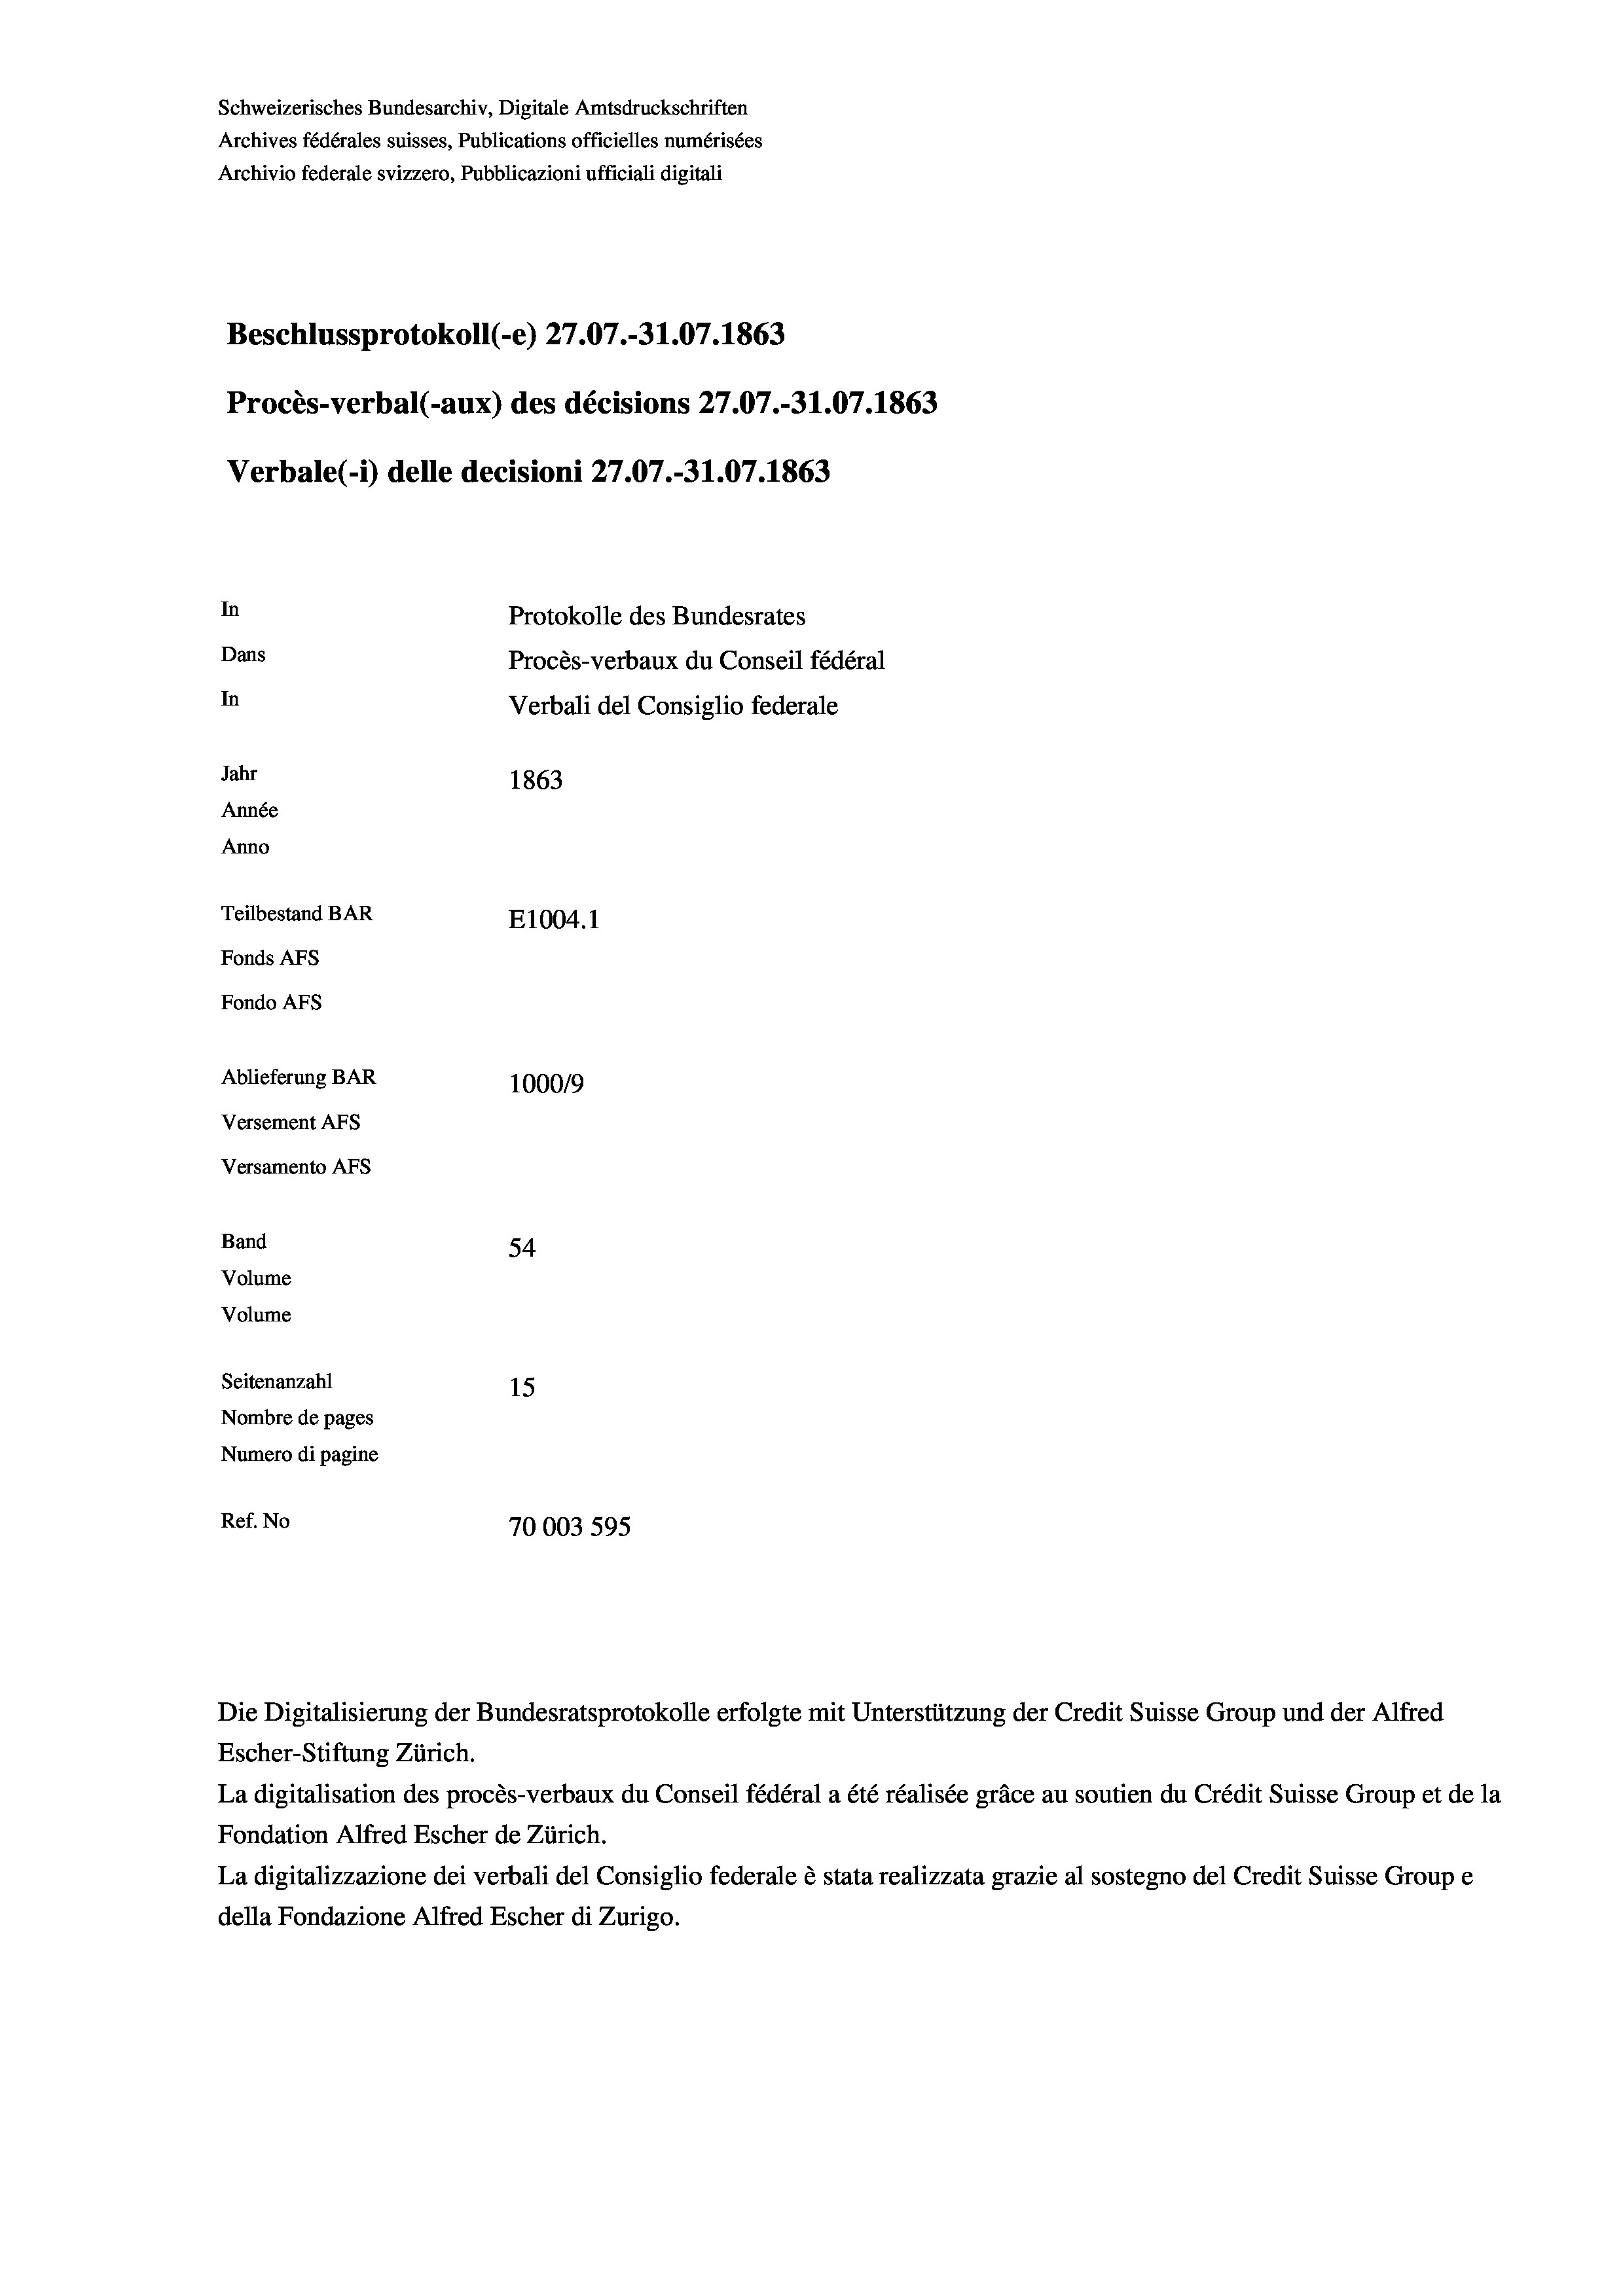
Schweizerisches Bundesarchiv, Digitale Amtsdruckschriften
Archives fédérales suisses, Publications officielles numérisées
Archivio federale svizzero, Pubblicazioni ufficiali digitali
Beschlussprotokoll (-e) 27.07.-31.07. 1863
Procès-verbal (-aux) des décisions 27.07.-31.07. 1863
Verbale(*) delle decisioni 27.07.-31.07. 1863
In
Protokolle des Bundesrates
Dans
Procès-verbaux du Conseil fédéral
In
Verbali del Consiglio federale
Jahr
1863
Année
Anno
Teilbestand BAR
E1004. 1
Fonds AFs
Fondo AFS
Ablieferung BAR
100019
Versement AFs

54
Seitenanzahl
15
Nombre de pages
Numero di pagine
Ref. No
70003 595

Versamento AFs
Band
Volume
Volume

Escher-Stiftung Zürich.
La digitalisation des procès-verbaux du Conseil fédéral a été réalisée gräce au soutien du Crédit Suisse Group et de la
Fondation Alfred Escher de Zürich.
La digitalizzazione dei verbali del Consiglio federale è stata realizzata grazie al sostegno del Credit Suisse Groupe
della Fondazione Alfred Escher di Zurigo.

Die Digitalisierung der Bundesratsprotokolle erfolgte mit Unterstützung der Credit Suisse Group und der Alfred